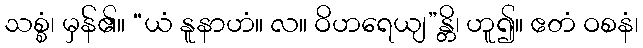
သစ္စံ၊ မှန်၏။ “ယံ နူနာဟံ။ လ။ ဝိဟရေယျ”န္တိ၊ ဟူ၍။ ဧတံ ဝစနံ၊